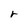
Character: j